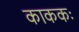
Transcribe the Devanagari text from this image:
काककः